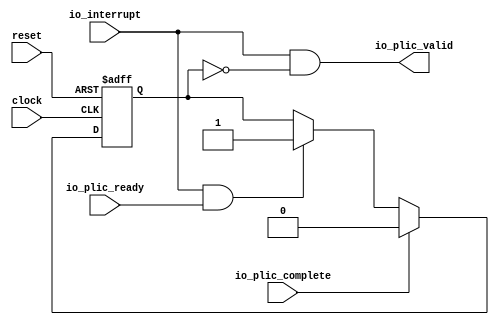
 /*                                                                      
 Copyright 2018-2020 Nuclei System Technology, Inc.                
                                                                         
 Licensed under the Apache License, Version 2.0 (the "License");         
 you may not use this file except in compliance with the License.        
 You may obtain a copy of the License at                                 
                                                                         
     http://www.apache.org/licenses/LICENSE-2.0                          
                                                                         
  Unless required by applicable law or agreed to in writing, software    
 distributed under the License is distributed on an "AS IS" BASIS,       
 WITHOUT WARRANTIES OR CONDITIONS OF ANY KIND, either express or implied.
 See the License for the specific language governing permissions and     
 limitations under the License.                                          
 */                                                                      
                                                                         
                                                                         
                                                                         
module sirv_LevelGateway(
  input   clock,
  input   reset,
  input   io_interrupt,
  output  io_plic_valid,
  input   io_plic_ready,
  input   io_plic_complete
);
  reg  inFlight;
  reg [31:0] GEN_2;
  wire  T_12;
  wire  GEN_0;
  wire  GEN_1;
  wire  T_16;
  wire  T_17;
  assign io_plic_valid = T_17;
  assign T_12 = io_interrupt & io_plic_ready;
  assign GEN_0 = T_12 ? 1'h1 : inFlight;
  assign GEN_1 = io_plic_complete ? 1'h0 : GEN_0;
  assign T_16 = inFlight == 1'h0;
  assign T_17 = io_interrupt & T_16;

  always @(posedge clock or posedge reset) begin
    if (reset) begin
      inFlight <= 1'h0;
    end else begin
      if (io_plic_complete) begin
        inFlight <= 1'h0;
      end else begin
        if (T_12) begin
          inFlight <= 1'h1;
        end
      end
    end
  end
endmodule